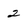
Character: 2